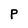
Character: P